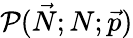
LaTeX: \mathcal{P}(\vec{N};N;\vec{p})